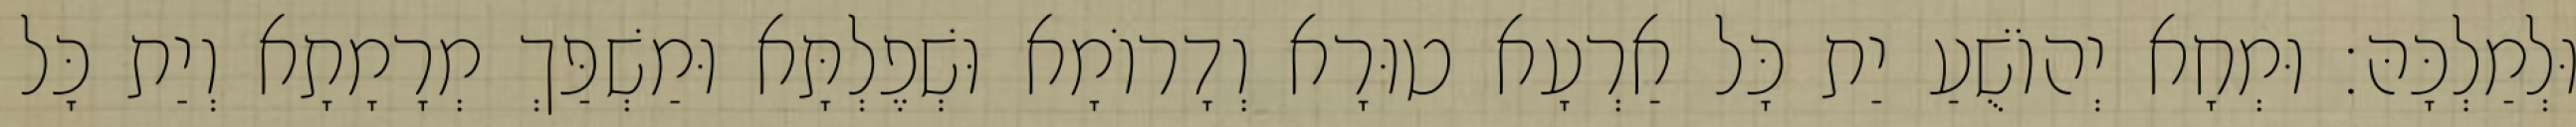
וּלְמַלְכָּהּ׃ וּמְחָא יְהוֹשֻׁעַ יַת כָּל אַרְעָא טוּרָא וְדָרוֹמָא וּשְׁפֶלְתָּא וּמַשְׁפַּךְ מְרָמָתָא וְיַת כָּל